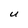
Character: U